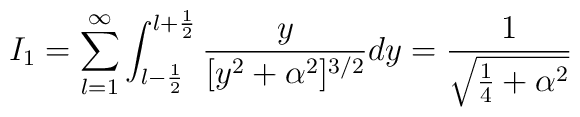
I_1=\sum_{l=1}^\infty\int_{l-\frac{1}{2}}^{l+\frac{1}{2}}  \frac{y}{[y^2+\alpha^2]^{3/2}} dy     =\frac{1}{\sqrt{\frac{1}{4}+\alpha^2}}